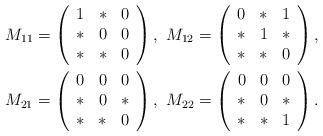
LaTeX: \begin{gather*}M_{11}=\left(\begin{array}{ccc}1&*&0\\ *&0&0\\ *&*&0\end{array}\right),\,\,M_{12}=\left(\begin{array}{ccc}0&*&1\\ *&1&*\\ *&*&0\end{array}\right),\\M_{21}=\left(\begin{array}{ccc}0&0&0\\ *&0&*\\ *&*&0\end{array}\right),\,\,M_{22}=\left(\begin{array}{ccc}0&0&0\\ *&0&*\\ *&*&1\end{array}\right).\end{gather*}